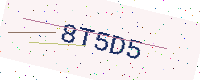
Text: 8T5D5